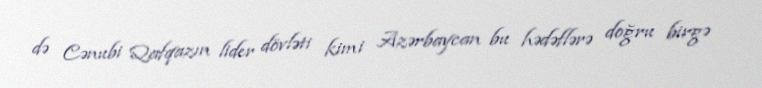
də Cənubi Qafqazın lider dövləti kimi Azərbaycan bu hədəflərə doğru birgə